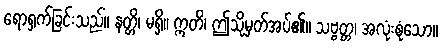
ရောရှက်ခြင်းသည်။ နတ္တိ၊ မရှိ။ ဣတိ၊ ဤသို့မှတ်အပ်၏။ သဗ္ဗတ္တ၊ အလုံးစုံသော။